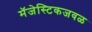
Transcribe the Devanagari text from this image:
मॅजेस्टिकजवळ